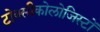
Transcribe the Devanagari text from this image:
टोक्सीकोलोजिस्टों